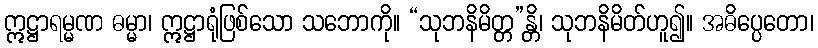
ဣဋ္ဌာရမ္မဏ ဓမ္မာ၊ ဣဋ္ဌာရုံဖြစ်သော သဘောကို။ “သုဘနိမိတ္တ”န္တိ၊ သုဘနိမိတ်ဟူ၍။ အဓိပ္ပေတော၊